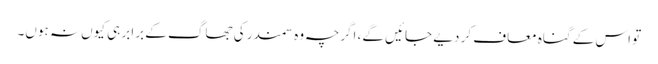
تو اس کے گناہ معاف کر دیے جائیں گے، اگرچہ وہ سمندر کی جھاگ کے برابر ہی کیوں نہ ہوں۔